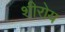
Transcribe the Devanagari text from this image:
शीरोय